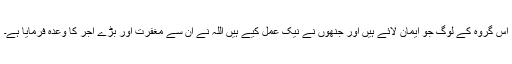
اس گروہ کے لوگ جو ایمان لائے ہیں اور جنھوں نے نیک عمل کیے ہیں اللہ نے ان سے مغفرت اور بڑے اجر کا وعدہ فرمایا ہے۔